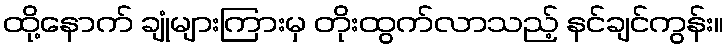
ထို့နောက် ချုံများကြားမှ တိုးထွက်လာသည့် နင်ချင်ကွန်း။